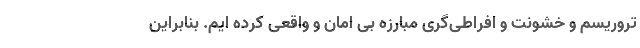
تروریسم و خشونت و افراطی‌گری مبارزه بی امان و واقعی کرده ایم. بنابراین